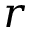
r